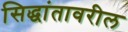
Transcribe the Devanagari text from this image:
सिद्धांतावरील